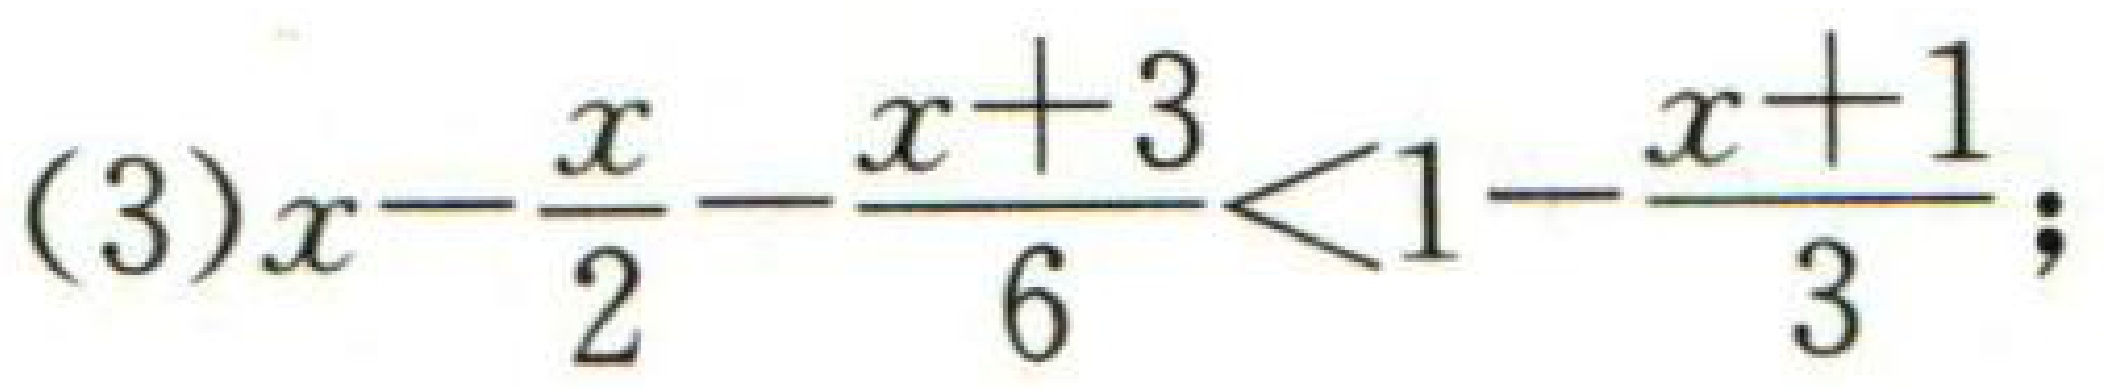
\((3)x - \frac{x}{2} - \frac{x + 3}{6} < 1 - \frac{x + 1}{3};\)